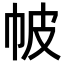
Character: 帔